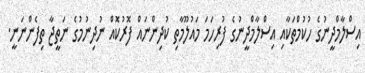
އިސްލާމްދީނުގެ ހުކުމްތަކާއި އިސްލާމްދީނުގެ ފުރިހަމަ މައުލޫމާތި ކުދިންނައް ފޮރުކޮއް ނުދިނުމުގެ ނަތީޖާ ތިފެންނަނީ.